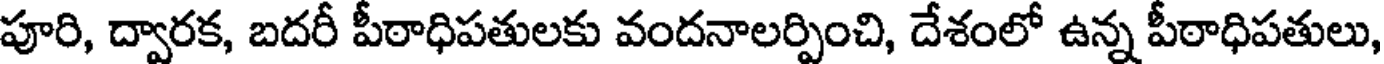
పూరి, ద్వారక, బదరీ పీఠాధిపతులకు వందనాలర్పించి, దేశంలో ఉన్న పీఠాధిపతులు,